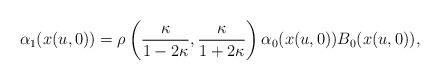
LaTeX: \begin{gather*}\alpha_{1}(x(u,0)) =\rho\left( \frac{\kappa }{1-2\kappa},\frac{\kappa}{1+2\kappa}\right) \alpha_{0}( x(u,0)) B_{0}(x(u,0)) ,\end{gather*}